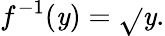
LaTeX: f^{-1}(\mathit{y})={\sqrt{}{{\mathit{y}}}}.